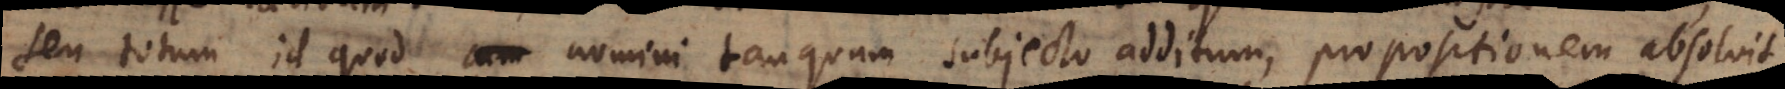
seu totum id quod nomini tanquam subjecto additum, propositionem absolvit,